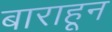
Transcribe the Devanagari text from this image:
बाराहून